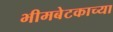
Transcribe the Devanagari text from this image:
भीमबेटकाच्या